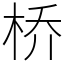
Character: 桥